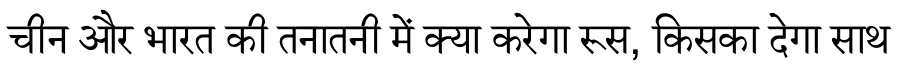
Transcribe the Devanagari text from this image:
चीन और भारत की तनातनी में क्या करेगा रूस, किसका देगा साथ